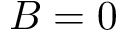
B = 0